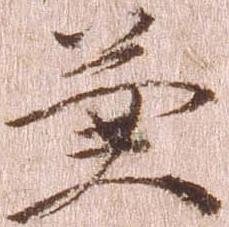
兼